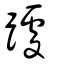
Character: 躆